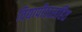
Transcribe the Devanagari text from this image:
विद्यापीठासहित